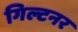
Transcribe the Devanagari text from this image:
गिल्टनर